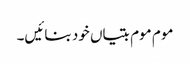
موم موم بتیاں خود بنائیں۔